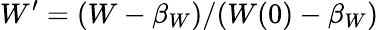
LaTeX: W^{\prime}=(W-\beta_{W})/(W(0)-\beta_{W})